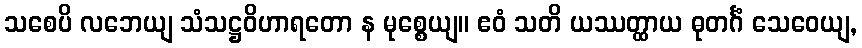
သစေပိ လဘေယျ သံသဋ္ဌဝိဟာရတော န မုစ္စေယျ။ ဧဝံ သတိ ယဿတ္ထာယ ဓုတင်္ဂံ သေဝေယျ,